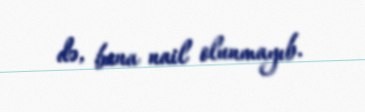
də, buna nail olunmayıb.